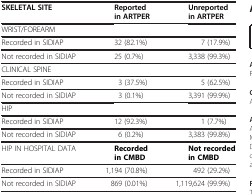
| SKELETAL SITE | Reported in ARTPER | Unreported in ARTPER |
 | --- | --- | --- |
 | <COLSPAN=3> WRIST/FOREARM |
 | Recorded in SIDIAP | 32 (82.1%) | 7 (17.9%) |
 | Not recorded in SIDIAP | 25 (0.7%) | 3,338 (99.3%) |
 | <COLSPAN=3> CLINICAL SPINE |
 | Recorded in SIDIAP | 3 (37.5%) | 5 (62.5%) |
 | Not recorded in SIDIAP | 3 (0.1%) | 3,391 (99.9%) |
 | <COLSPAN=3> HIP |
 | Recorded in SIDIAP | 12 (92.3%) | 1 (7.7%) |
 | Not recorded in SIDIAP | 6 (0.2%) | 3,383 (99.8%) |
 | HIP IN HOSPITAL DATA | Recorded in CMBD | Not recorded in CMBD |
 | Recorded in SIDIAP | 1,194 (70.8%) | 492 (29.2%) |
 | Not recorded in SIDIAP | 869 (0.01%) | 1,119,624 (99.9%) |